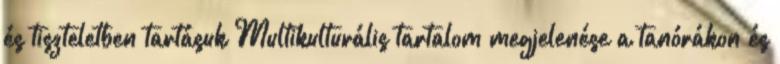
és tiszteletben tartásuk Multikulturális tartalom megjelenése a tanórákon és